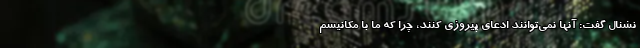
نشنال گفت: آنها نمی‌توانند ادعای پیروزی کنند، چرا که ما با مکانیسم